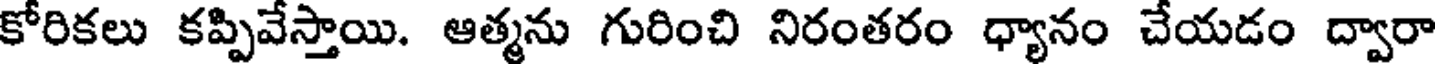
కోరికలు కప్పివేస్తాయి. ఆత్మను గురించి నిరంతరం ధ్యానం చేయడం ద్వారా